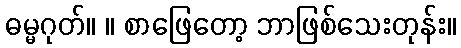
ဓမ္မဂုတ်။ ။ စာဖြေတော့ ဘာဖြစ်သေးတုန်း။